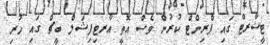
ޓީޝާރޓް ގައި ޕްރިންޓް ކުރުން ވެސް އޮތީ އާރޓިފިޝަލް ބީޗް ގައި ހުރި